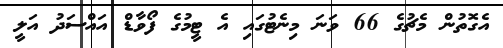
އެގޮތުން މެޗުގެ 66 ވަނަ މިނެޓުގައި އެ ޓީމުގެ ފޯވާޑް އައްސަދު އަލީ